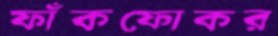
ফাঁকফোকর